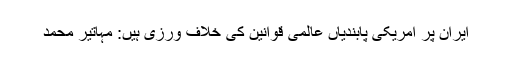
ایران پر امریکی پابندیاں عالمی قوانین کی خلاف ورزی ہیں: مہاتیر محمد